Indian journal of veterinary science and animal husbandry - Volume 10,
Year: 1940
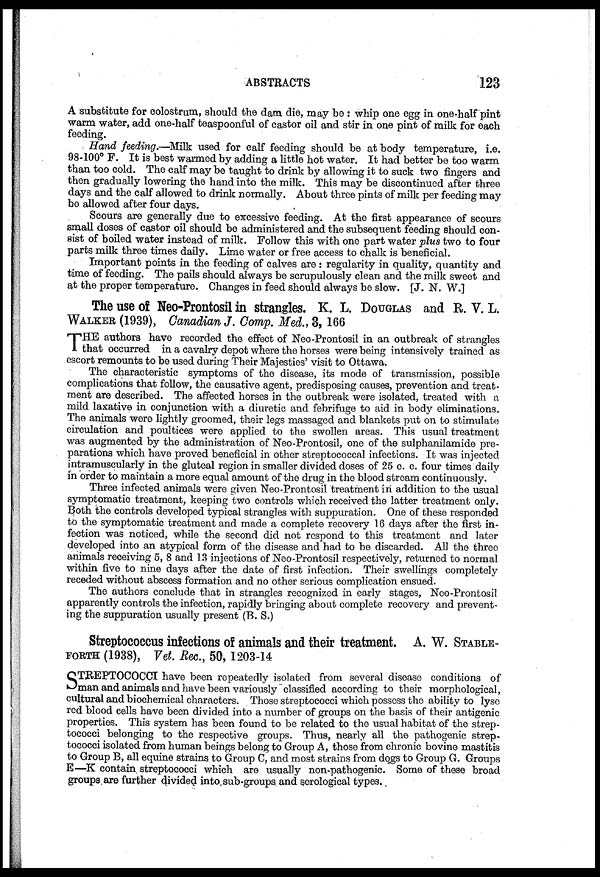
ABSTRACTS
123
A substitute for colostrum, should the dam die, may be : whip one egg in one-half pint
warm water, add one-half teaspoonful of castor oil and stir in one pint of milk for each
feeding.
Hand feeding.—Milk used for calf feeding should be at body temperature, i.e.
98-100° F. It is best warmed by adding a little hot water. It had better be too warm
than too cold. The calf may be taught to drink by allowing it to suck two fingers and
then gradually lowering the hand into the milk. This may be discontinued after three
days and the calf allowed to drink normally. About three pints of milk per feeding may
be allowed after four days.
Scours are generally due to excessive feeding. At the first appearance of scours
small doses of castor oil should be administered and the subsequent feeding should con-
sist of boiled water instead of milk. Follow this with one part water plus two to four
parts milk three times daily. Lime water or free access to chalk is beneficial.
Important points in the feeding of calves are : regularity in quality, quantity and
time of feeding. The pails should always be scrupulously clean and the milk sweet and
at the proper temperature. Changes in feed should always be slow. [J. N. W.]
The use of Neo-Prontosil in strangles. K. L. DOUGLAS and R. V. L.
WALKER (1939), Canadian J. Comp. Med., 3, 166
T HE authors have recorded the effect of Neo-Prontosil in an outbreak of strangles
that occurred in a cavalry depot where the horses were being intensively trained as
escort remounts to be used during Their Majesties' visit to Ottawa.
The characteristic symptoms of the disease, its mode of transmission, possible
complications that follow, the causative agent, predisposing causes, prevention and treat-
ment are described. The affected horses in the outbreak were isolated, treated with a
mild laxative in conjunction with a diuretic and febrifuge to aid in body eliminations.
The animals were lightly groomed, their legs massaged and blankets put on to stimulate
circulation and poultices were applied to the swollen areas. This usual treatment
was augmented by the administration of Neo-Prontosil, one of the sulphanilamide pre-
parations which have proved beneficial in other streptococcal infections. It was injected
intramuscularly in the gluteal region in smaller divided doses of 25 c. c. four times daily
in order to maintain a more equal amount of the drug in the blood stream continuously.
Three infected animals were given Neo-Prontosil treatment in addition to the usual
symptomatic treatment, keeping two controls which received the latter treatment only.
Both the controls developed typical strangles with suppuration. One of these responded
to the symptomatic treatment and made a complete recovery 16 days after the first in-
fection was noticed, while the second did not respond to this treatment and later
developed into an atypical form of the disease and had to be discarded. All the three
animals receiving 5, 8 and 13 injections of Neo-Prontosil respectively, returned to normal
within five to nine days after the date of first infection. Their swellings completely
receded without abscess formation and no other serious complication ensued.
The authors conclude that in strangles recognized in early stages, Neo-Prontosil
apparently controls the infection, rapidly bringing about complete recovery and prevent-
ing the suppuration usually present (B. S.)
Streptococcus infections of animals and their treatment. A. W. STABLE
-ORTH (1938), Vet. Rec., 50, 1203-14
S TREPTOCOCCI have been repeatedly isolated from several disease conditions of
man and animals and have been variously classified according to their morphological,
cultural and biochemical characters. Those streptococci which possess the ability to lyse
red blood cells have been divided into a number of groups on the basis of their antigenic
properties. This system has been found to be related to the usual habitat of the strep-
tococci belonging to the respective groups. Thus, nearly all the pathogenic strep¬
tococci isolated from human beings belong to Group A, those from chronic bovine mastitis
to Group B, all equine strains to Group C, and most strains from dogs to Group G. Groups
E—K contain streptococci which are usually non-pathogenic. Some of these broad
groups are further divided into sub-groups and serological types.